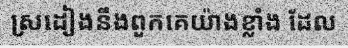
ស្រដៀងនឹងពួកគេយ៉ាងខ្លាំង ដែល